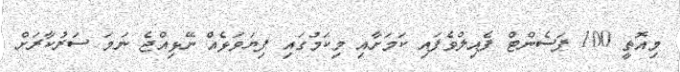
މިއޮތީ 100 ޕަސެންޓް ފެއިލްވެފައި ކަމަށާއި މިކަމުގައި ފިޔަވަޅެއް ނޭޅިއްޖެ ނަމަ ސަރުކާރަށް